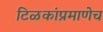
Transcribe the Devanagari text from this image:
टिळकांप्रमाणेच